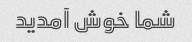
شما خوش آمدید